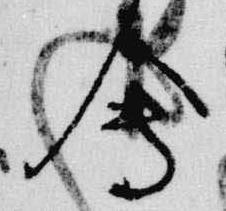
会